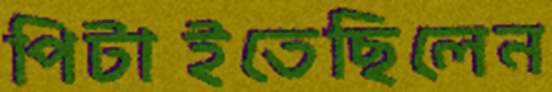
পিটাইতেছিলেন